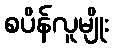
စပိန်လူမျိုး